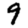
Digit: 9